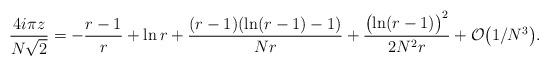
LaTeX: \begin{align*}{4 i\pi z\over N\sqrt{2}} = -{r-1\over r} + \ln r + {(r-1)( \ln(r-1) -1) \over Nr} + {\bigl( \ln (r-1) \bigr)^{2}\over 2N^{2}r} + {\cal O}\bigl(1/N^3 \bigr).\end{align*}